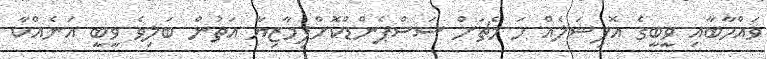
ވައްހާބާއި ވީބީގެ އޮފިޝަލެއް ހަ މެޗަށް ސަސްޕެންޑްކޮށްފިމާޒިޔާ އަތުން ބަލިވެ ވީބީ އަނެއްކާ